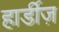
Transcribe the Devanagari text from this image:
हार्डीज़